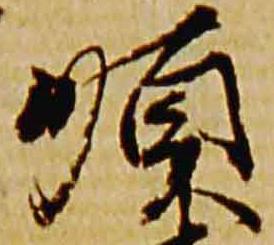
順